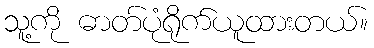
သူ့ကို ဓာတ်ပုံရိုက်ယူထားတယ်။